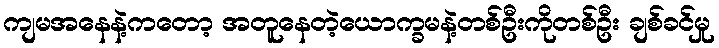
ကျမအနေနဲ့ကတော့ အတူနေတဲ့ယောက္ခမနဲ့တစ်ဦးကိုတစ်ဦး ချစ်ခင်မှု